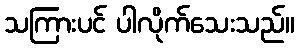
သကြားပင် ပါလိုက်သေးသည်။